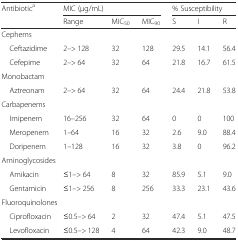
<table><thead><tr><td rowspan="2"><b>Antibiotic<sup>a</sup></b></td><td colspan="3"><b>MIC (μg/mL)</b></td><td colspan="3"><b>% Susceptibility</b></td></tr><tr><td><b>Range</b></td><td><b>MIC<sub>50</sub></b></td><td><b>MIC<sub>90</sub></b></td><td><b>S</b></td><td><b>I</b></td><td><b>R</b></td></tr></thead><tbody><tr><td colspan="7">Cephems</td></tr><tr><td> Ceftazidime</td><td>2–&gt; 128</td><td>32</td><td>128</td><td>29.5</td><td>14.1</td><td>56.4</td></tr><tr><td> Cefepime</td><td>2–&gt; 64</td><td>32</td><td>64</td><td>21.8</td><td>16.7</td><td>61.5</td></tr><tr><td colspan="7">Monobactam</td></tr><tr><td> Aztreonam</td><td>2–&gt; 64</td><td>32</td><td>64</td><td>24.4</td><td>21.8</td><td>53.8</td></tr><tr><td colspan="7">Carbapenems</td></tr><tr><td> Imipenem</td><td>16–256</td><td>32</td><td>64</td><td>0</td><td>0</td><td>100</td></tr><tr><td> Meropenem</td><td>1–64</td><td>16</td><td>32</td><td>2.6</td><td>9.0</td><td>88.4</td></tr><tr><td> Doripenem</td><td>1–128</td><td>16</td><td>32</td><td>3.8</td><td>0</td><td>96.2</td></tr><tr><td colspan="7">Aminoglycosides</td></tr><tr><td> Amikacin</td><td>≤1–&gt; 64</td><td>8</td><td>32</td><td>85.9</td><td>5.1</td><td>9.0</td></tr><tr><td> Gentamicin</td><td>≤1–&gt; 256</td><td>8</td><td>256</td><td>33.3</td><td>23.1</td><td>43.6</td></tr><tr><td colspan="7">Fluoroquinolones</td></tr><tr><td> Ciprofloxacin</td><td>≤0.5–&gt; 64</td><td>2</td><td>32</td><td>47.4</td><td>5.1</td><td>47.5</td></tr><tr><td> Levofloxacin</td><td>≤0.5–&gt; 128</td><td>4</td><td>64</td><td>42.3</td><td>9.0</td><td>48.7</td></tr></tbody></table>